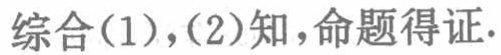
综合(1),(2)知,命题得证.